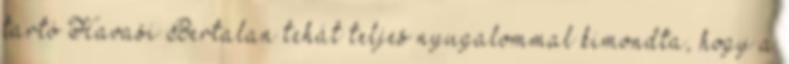
tartó Havasi Bertalan tehát teljes nyugalommal kimondta, hogy a